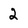
Character: 2